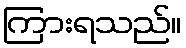
ကြားရသည်။